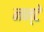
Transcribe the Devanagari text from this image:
नन्टे